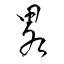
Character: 畧